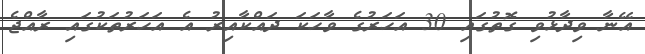
އޭނާ ވިދާޅުވި ގޮތުގައި 30 އަހަރުގެ ވާހަކަ ދައްކާއިރު އެ އަހަރުތަކުގައި ރާއްޖެ